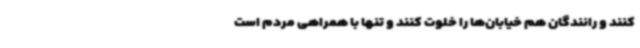
کنند و رانندگان هم خیابان‌ها را خلوت کنند و تنها با همراهی مردم است